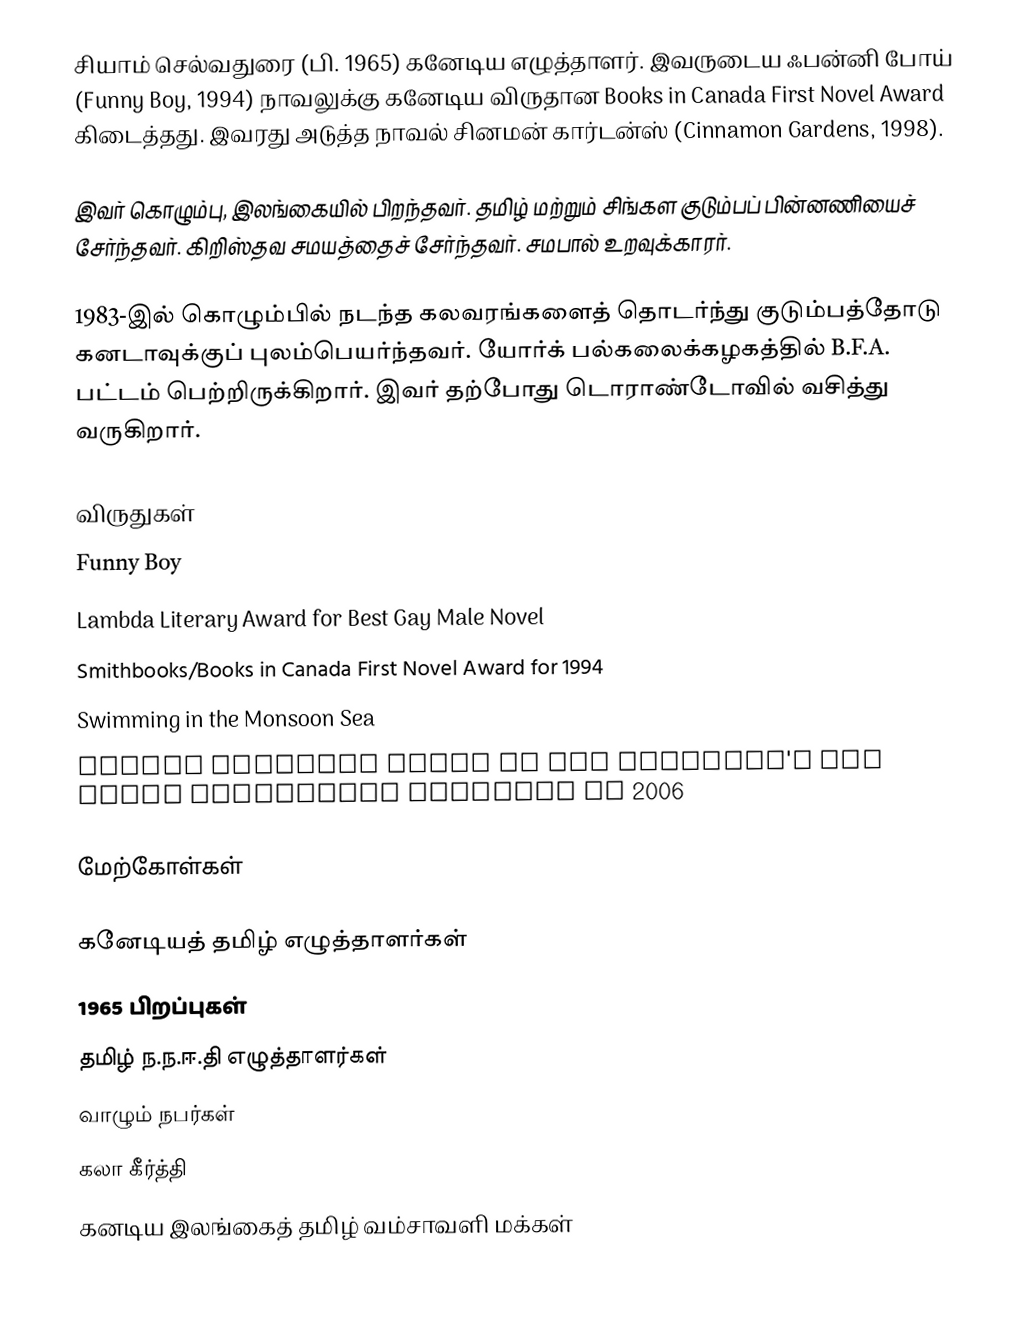
சியாம் செல்வதுரை (பி. 1965) கனேடிய எழுத்தாளர். இவருடைய ஃபன்னி போய் (Funny Boy, 1994) நாவலுக்கு கனேடிய விருதான Books in Canada First Novel Award கிடைத்தது. இவரது அடுத்த நாவல் சினமன் கார்டன்ஸ் (Cinnamon Gardens, 1998).

இவர் கொழும்பு, இலங்கையில் பிறந்தவர். தமிழ் மற்றும் சிங்கள குடும்பப் பின்னணியைச் சேர்ந்தவர். கிறிஸ்தவ சமயத்தைச் சேர்ந்தவர். சமபால் உறவுக்காரர்.

1983-இல் கொழும்பில் நடந்த கலவரங்களைத் தொடர்ந்து குடும்பத்தோடு கனடாவுக்குப் புலம்பெயர்ந்தவர். யோர்க் பல்கலைக்கழகத்தில் B.F.A. பட்டம் பெற்றிருக்கிறார். இவர் தற்போது டொராண்டோவில் வசித்து வருகிறார்.

விருதுகள்
Funny Boy
Lambda Literary Award for Best Gay Male Novel
Smithbooks/Books in Canada First Novel Award for 1994
Swimming in the Monsoon Sea
Lambda Literary Award in the Children's and Youth Literature category in 2006

மேற்கோள்கள்

கனேடியத் தமிழ் எழுத்தாளர்கள்
1965 பிறப்புகள்
தமிழ் ந.ந.ஈ.தி எழுத்தாளர்கள்
வாழும் நபர்கள்
கலா கீர்த்தி
கனடிய இலங்கைத் தமிழ் வம்சாவளி மக்கள்